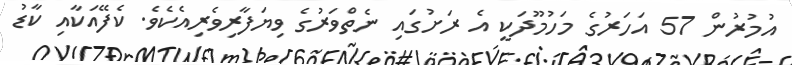
އުމުރުން 57 އަހަރުގެ މަހުމޫދަކީ އެ ރަށުގައި ނެތްވަރުގެ ވިޔަފާރިވެރިއެކެވެ. ކެފޭއަކާއި ކާޑު